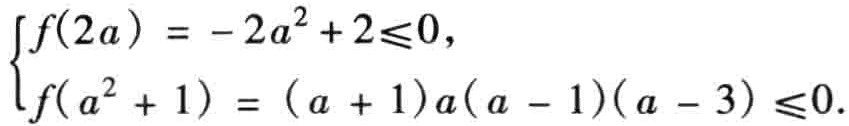
\(\begin{cases}f(2a)=-2a^{2}+2\leqslant0,\\f(a^{2}+1)=(a + 1)a(a - 1)(a - 3)\leqslant0.\end{cases}\)